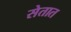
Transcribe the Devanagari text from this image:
सेतात